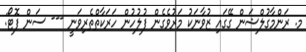
މ. ރަންމާގުލްޝަން ގޭގައި ޒުވާނަކު މަރުވެގެން ފުލުހުން ހަރަކާތްތެރިވަނީ --- ސަން ފޮޓޯ: